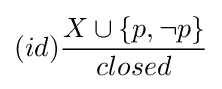
(id){\frac {X\cup \{p,\neg p\}}{closed}}